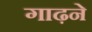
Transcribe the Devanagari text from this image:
गाढ़ने